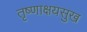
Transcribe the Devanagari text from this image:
तृष्णाक्षयसुख